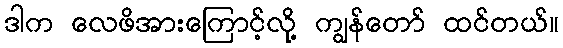
ဒါက လေဖိအားကြောင့်လို့ ကျွန်တော် ထင်တယ်။